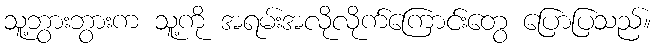
သူ့ဘွားဘွားက သူ့ကို အရမ်းအလိုလိုက်ကြောင်းတွေ ပြောပြသည်။